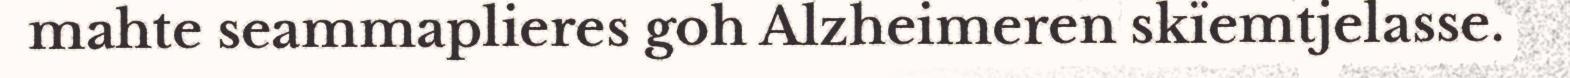
mahte seammaplieres goh Alzheimeren skïemtjelasse.